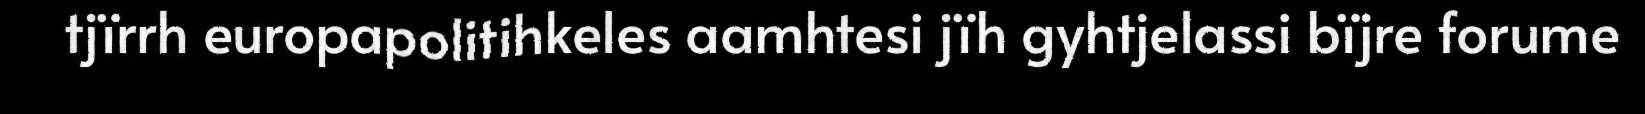
tjïrrh europapolitihkeles aamhtesi jïh gyhtjelassi bïjre forume